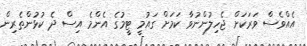
އެއްވެސް ވަރަކަށް ޖެހިލުންނުވާ ކަމަށް ގައުމީ ޓީމުގެ އެންމެ އިސް ދެ ކުޅުންތެރިން